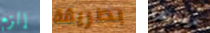
إلزم بطريقة عساها